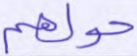
حولهم